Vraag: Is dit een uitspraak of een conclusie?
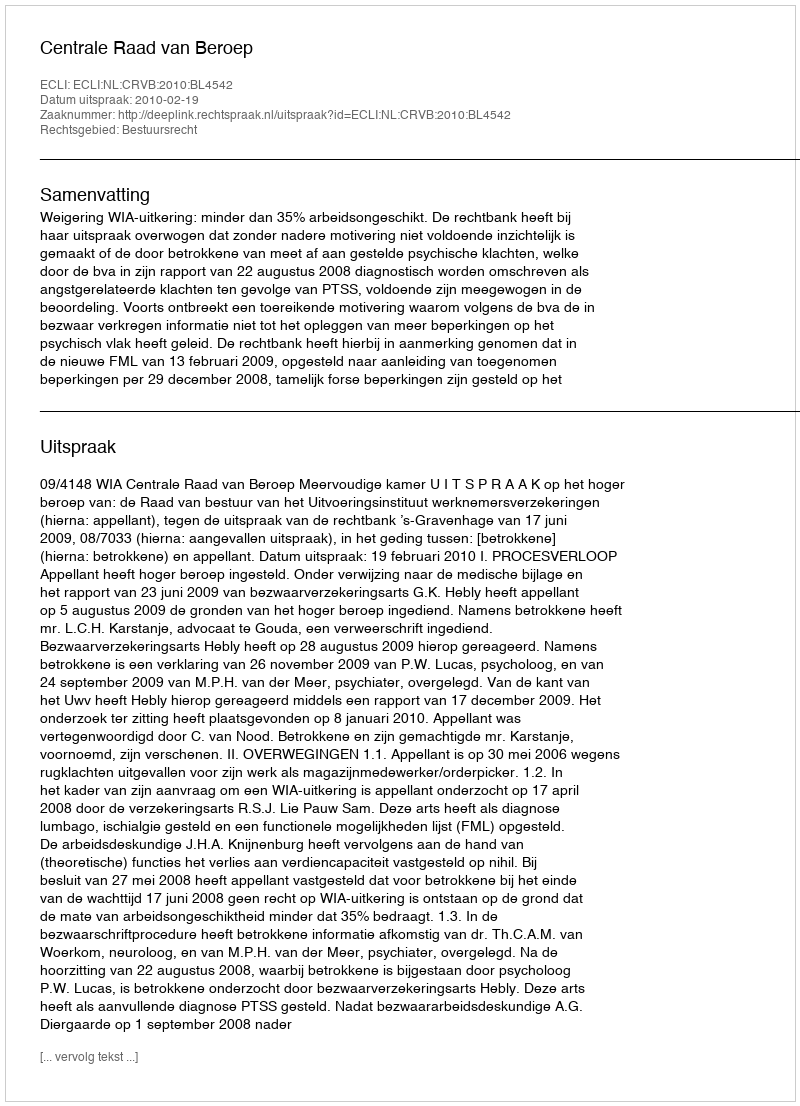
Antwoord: Uitspraak